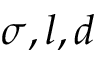
\sigma , l , d